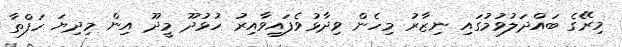
މިރޭގެ ބައްދަލުވުމުގައި ނިޒާރު މިހެން ވިދާޅުވެފައިވާއިރު ހުޅުދޫ މީދޫ އިން މިދިޔަ ހަފްތާ